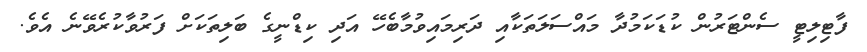
ފާޓިލިޓީ ސެންޓަރުން ކުޑަކަމުދާ މައްސަލަތަކާއި ދަރިމައިވުމާބެހޭ އަދި ކިޑްނީގެ ބަލިތަކަށް ފަރުވާކުރެވޭނެ އެވެ.